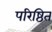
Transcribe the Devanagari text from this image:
परिष्ठित